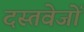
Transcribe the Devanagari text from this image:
दस्तवेजों